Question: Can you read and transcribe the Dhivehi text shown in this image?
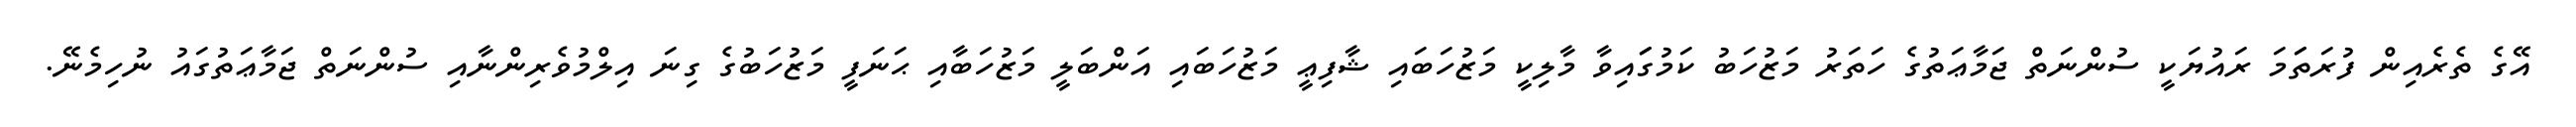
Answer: އޭގެ ތެރެއިން ފުރަތަަމަ ރައުޔަކީ ސުންނަތް ޖަމާޢަތުގެ ހަތަރު މަޒުހަބު ކަމުގަައިވާ މާލިކީ މަޒުހަބައި ޝާފިޢީ މަޒުހަބައި އަންބަލީ މަޒުހަބާއި ޙަނަފީ މަޒުހަބުގެ ގިނަ އިލްމުވެރިންނާއި ސުންނަތް ޖަމާޢަތުގައު ނުހިމެނޭ.